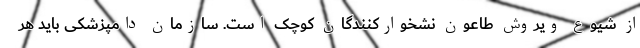
از شیوع ویروش طاعون نشخوارکنندگان کوچک است. سازمان دامپزشکی باید هر